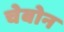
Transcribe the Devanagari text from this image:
चेबोन